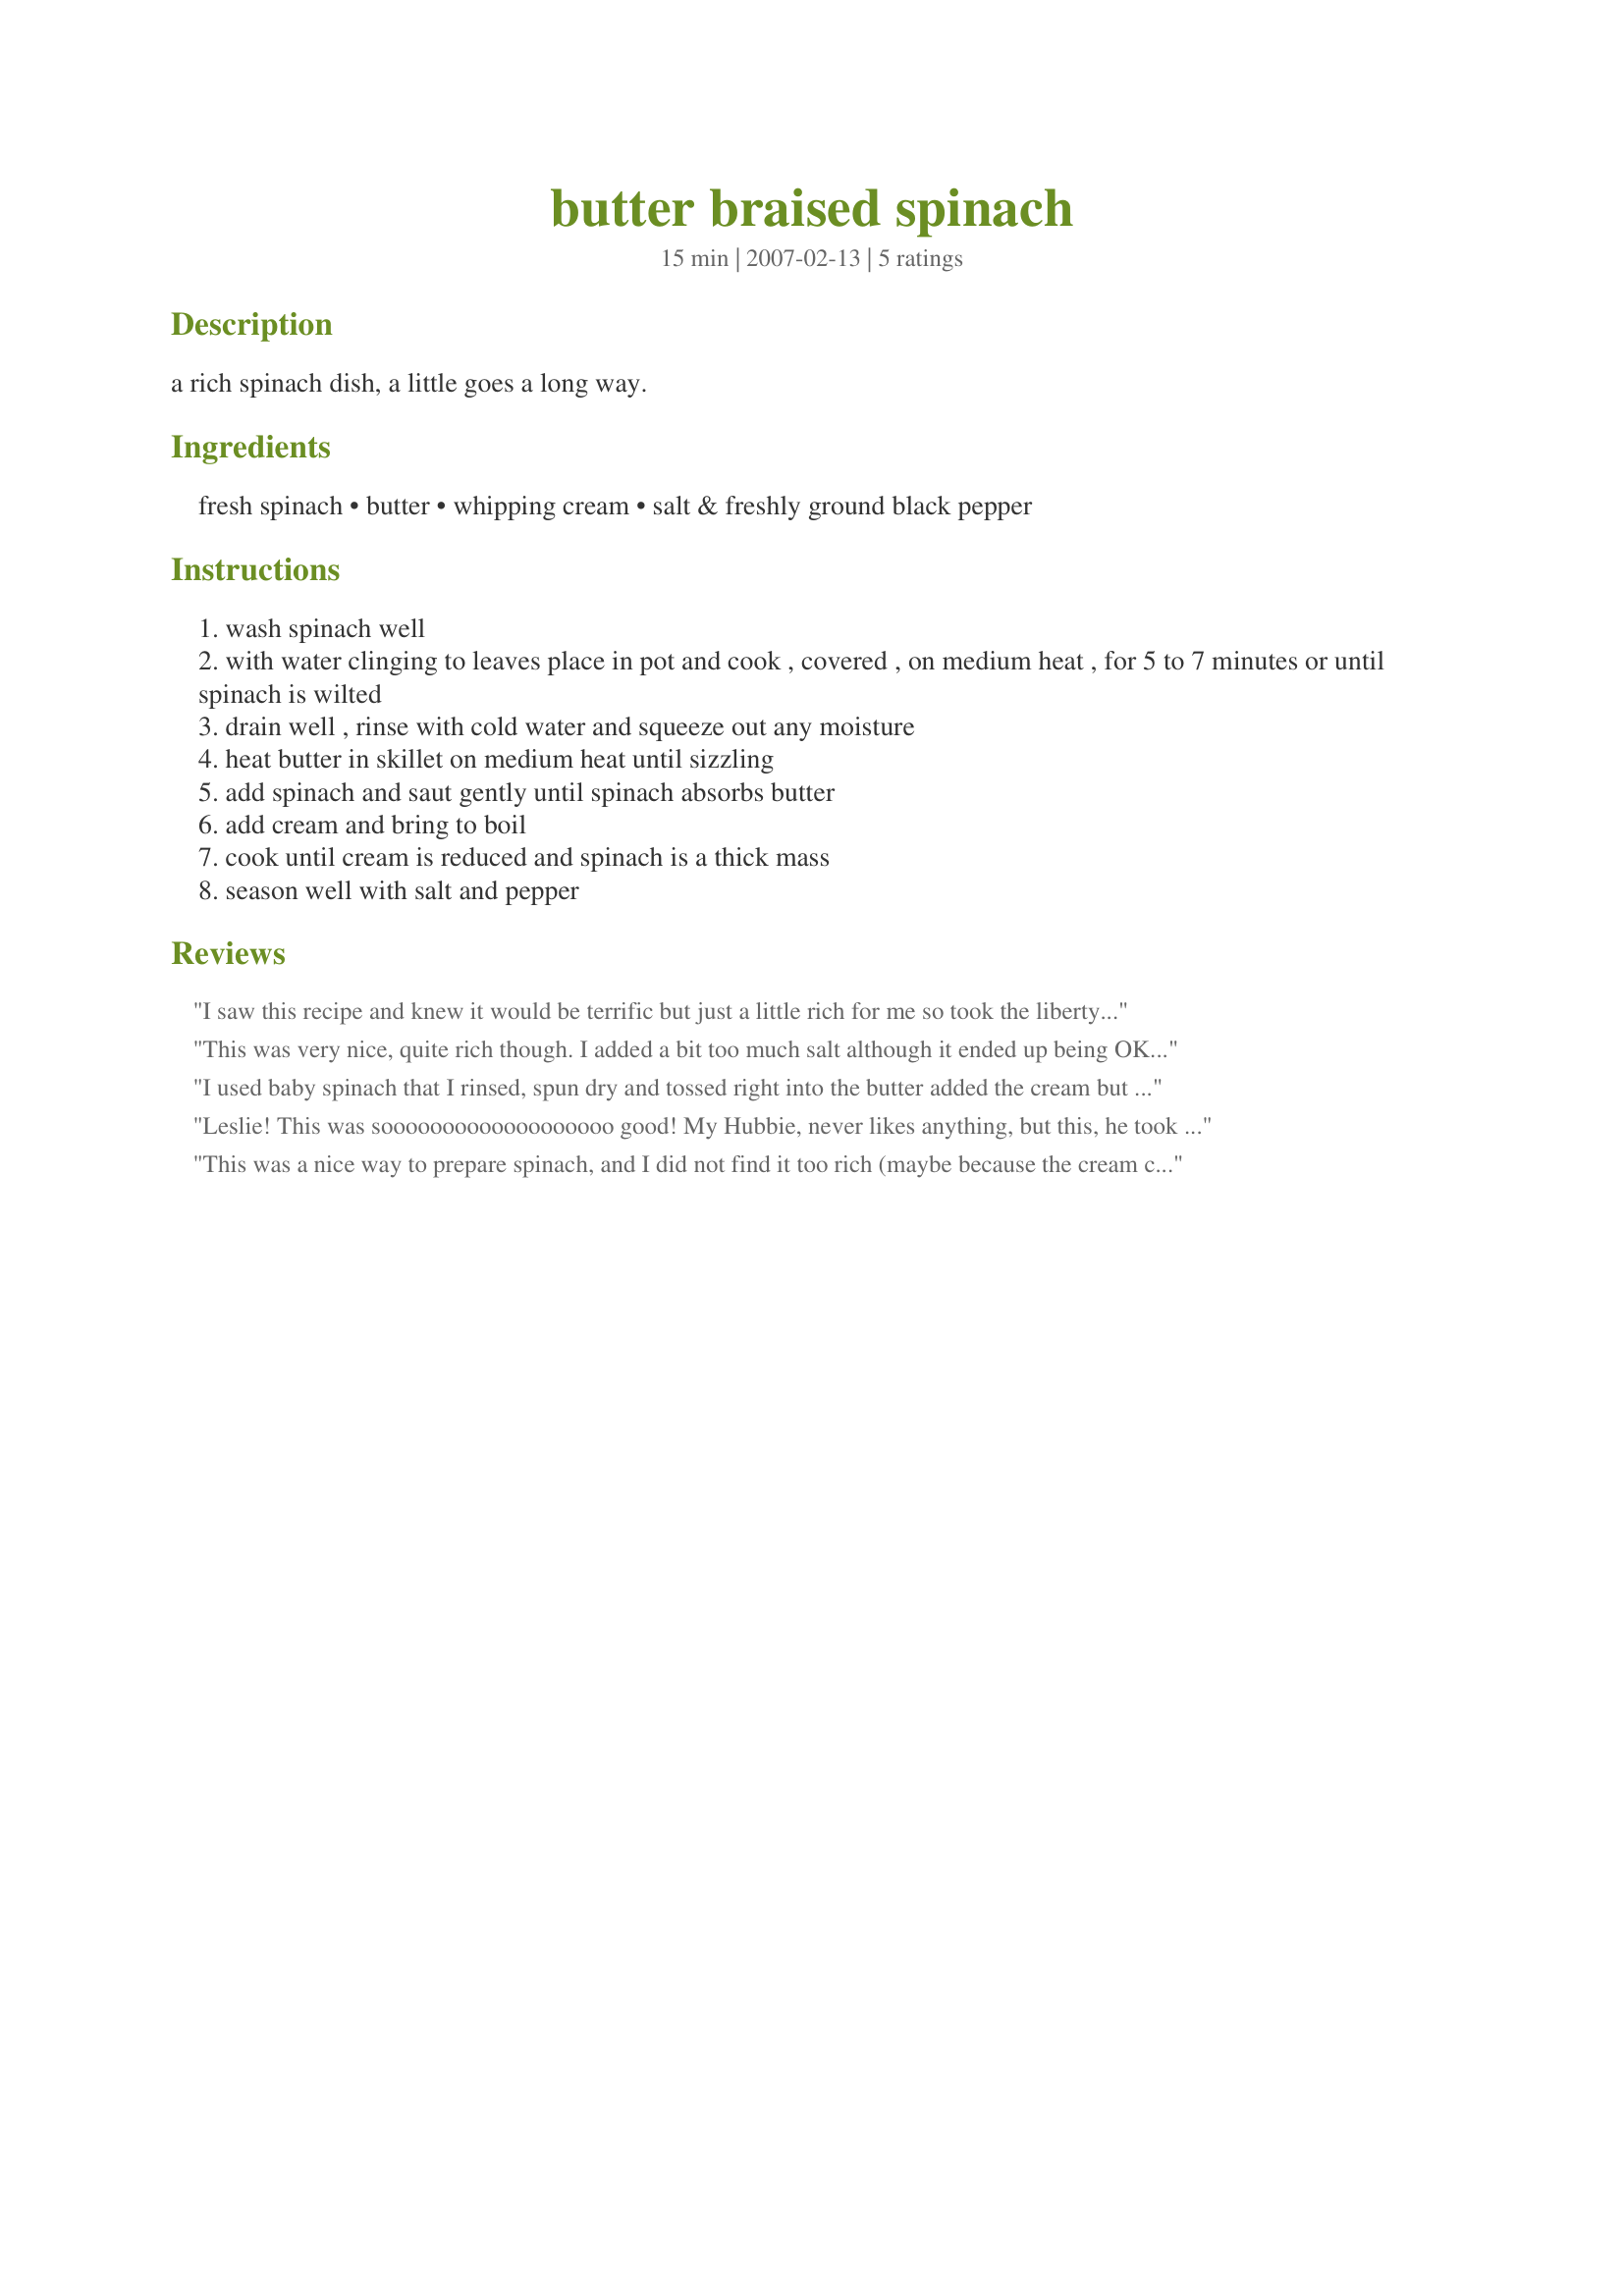
butter braised spinach
Preparation time: 15 minutes

a rich spinach dish, a little goes a long way.

Ingredients:
fresh spinach, butter, whipping cream, salt & freshly ground black pepper

Steps:
wash spinach well
with water clinging to leaves place in pot and cook , covered , on medium heat , for 5 to 7 minutes or until spinach is wilted
drain well , rinse with cold water and squeeze out any moisture
heat butter in skillet on medium heat until sizzling
add spinach and saut gently until spinach absorbs butter
add cream and bring to boil
cook until cream is reduced and spinach is a thick mass
season well with salt and pepper

Reviews:
I saw this recipe and knew it would be terrific but just a little rich for me so took the liberty of replacing the cream with plain yoghurt. Came out a treat, reduced perfectly and I know the cream version would be just as nice for anyone with a sweeter tooth. Thanks for the great recipe Leslie! I had a little sample while still warm but had prepared a little in advance so popped in the fridge a while, I think I preferred it slightly chilled so it is also something you can make in advance.
This was very nice, quite rich though. I added a bit too much salt although it ended up being OK. It fitted in well with the meal of roast corned beef. I might try with the yoghurt as Peter suggests.
I used baby spinach that I rinsed, spun dry and tossed right into the butter added the cream but cooked slow so not to curdle it. Simmered for about 20 minutes. Seasoned with salt, pepper and fresh ground nutmeg! Thanks
Leslie! This was sooooooooooooooooooo good! My Hubbie, never likes anything, but this, he took seconds! Can&#039;t wait to make again! We both devoured it! My only problem was since I was cooking for just two, I just threw in 2 handful&#039;s of Spinach and guessed at the butter and cream. Way to small of an amount! I forgot how spinach shrinks down. Thank you again, beautiful recipe!
This was a nice way to prepare spinach, and I did not find it too rich (maybe because the cream cooks down). Thanks for sharing this simple yet tasty recipe. Made for ZWT6 by a RedHot Renegade.
